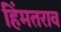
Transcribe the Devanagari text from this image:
हिंमतराव